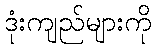
ဒုံးကျည်များကို